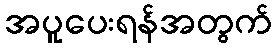
အပူပေးရန်အတွက်